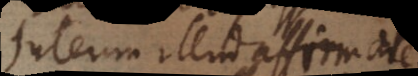
Interim illud affirmare